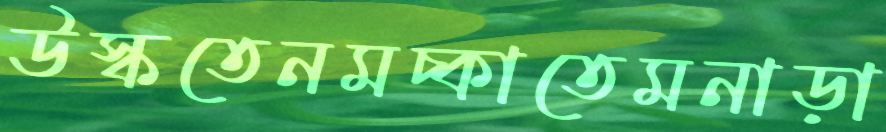
উস্‌কতেনমচ্‌কাতেমনাড়া